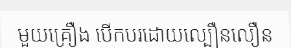
មួយគ្រឿង បើកបរដោយល្បឿនលឿន